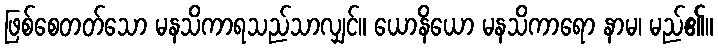
ဖြစ်စေတတ်သော မနသိကာရသည်သာလျှင်။ ယောနိယော မနသိကာရော နာမ၊ မည်၏။